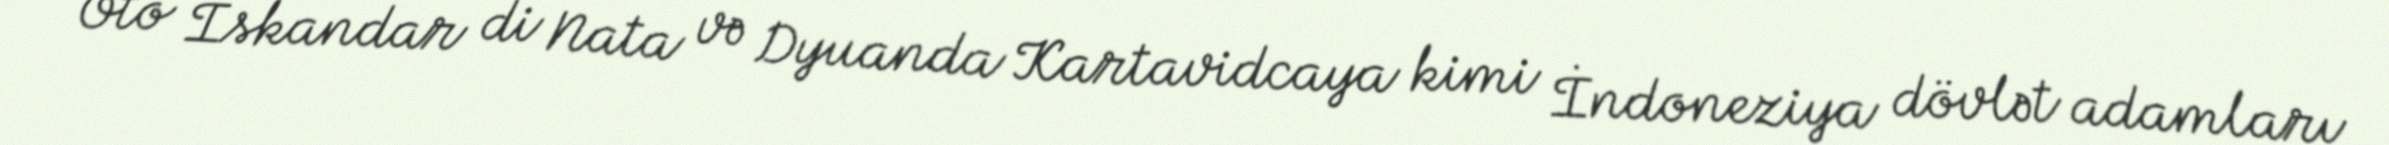
Oto Iskandar di Nata və Dyuanda Kartavidcaya kimi İndoneziya dövlət adamları